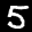
Label: 5